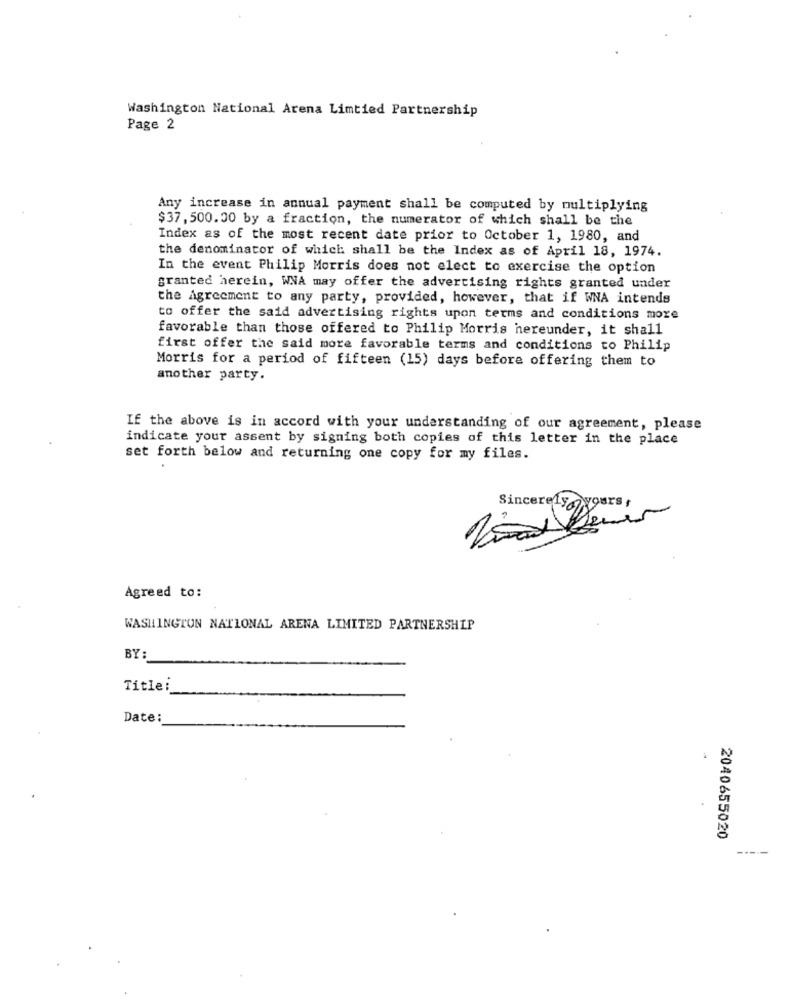
Washington National Arena Limtied Partnership
Page 2
Any increase in annual payment shall be computed by multiplying
$37, 500. 30 by a fraction, the numerator of which shall be the
Index as of the most recent date prior to October 1, 1980, and
the denominator of which shall be the Index as of April 18, 1974.
In the event Philip Morris does not elect to exercise the option
granted herein, WNA may offer the advertising rights granted under
the Agreement to any party, provided, however, that if WNA intends
to offer the said advertising rights upon terms and conditions more
favorable than those offered to Philip Morris hereunder, it shall
first offer the said more favorable terms and conditions to Philip
Morris for a period of fifteen (15) days before offering them to
another party.
If the above is in accord with your understanding of our agreement, please
indicate your assent by signing both copies of this letter in the place
set forth below and returning one copy for my files.
Agreed to:
WASHINGTON NATIONAL ARENA LIMITED PARTNERSHIP
BY:
Title:
Date:
2040655020
-----